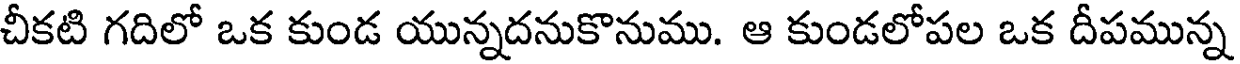
చీకటి గదిలో ఒక కుండ యున్నదనుకొనుము. ఆ కుండలోపల ఒక దీపమున్న